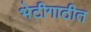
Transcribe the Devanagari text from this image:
भेटीगाठीत